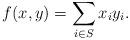
LaTeX: \begin{align*} f(x,y) = \sum_{i \in S} x_i y_i.\end{align*}